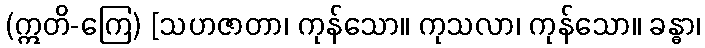
(ဣတိ-ကြေ) [သဟဇာတာ၊ ကုန်သော။ ကုသလာ၊ ကုန်သော။ ခန္ဓာ၊